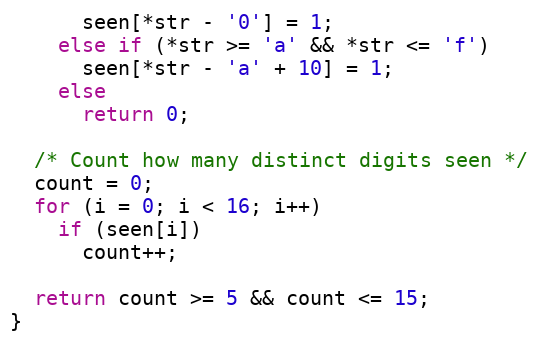
Language: C
      seen[*str - '0'] = 1;
    else if (*str >= 'a' && *str <= 'f')
      seen[*str - 'a' + 10] = 1;
    else
      return 0;

  /* Count how many distinct digits seen */
  count = 0;
  for (i = 0; i < 16; i++)
    if (seen[i])
      count++;

  return count >= 5 && count <= 15;
}